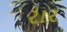
રાર